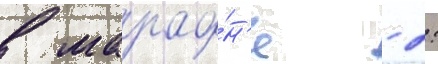
в марафо́н'е - 2: